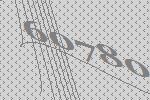
60780